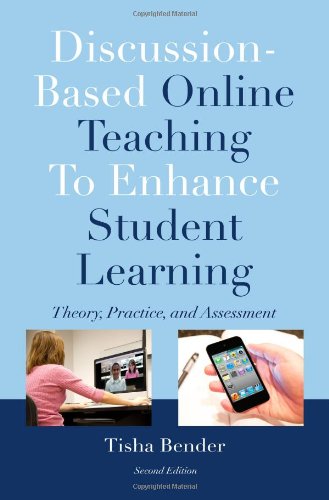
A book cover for Discussion-Based Online Teaching To Enhance Student Learning: Theory, Practice and Assessment; Tisha Bender; Education & Teaching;